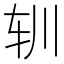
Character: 𰹳